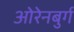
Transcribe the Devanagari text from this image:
ओरेनबुर्ग